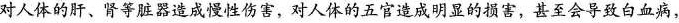
对人体的肝、肾等脏器造成慢性伤害，对人体的五官造成明显的损害，甚至会导致白血病，